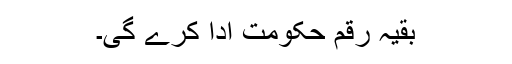
بقیہ رقم حکومت ادا کرے گی۔